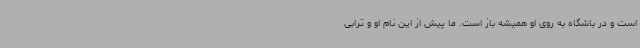
است و در باشگاه به روی او همیشه باز است. ما پیش از این نام او و ترابی